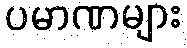
ပမာဏများ